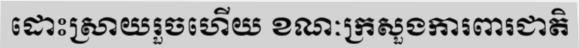
ដោះស្រាយរួចហើយ ខណៈក្រសួងការពារជាតិ